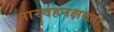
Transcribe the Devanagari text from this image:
भारवहनक्षमता